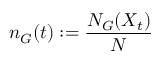
n _ { G } ( t ) : = \frac { N _ { G } ( X _ { t } ) } { N }